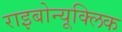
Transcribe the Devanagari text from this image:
राइबोन्यूक्लिक